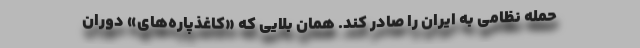
حمله نظامی به ایران را صادر کند. همان بلایی که «کاغذپاره‌های» دوران